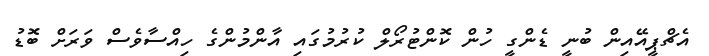
އެޗްޕީއޭއިން ބުނީ ޑެންގީ ހުން ކޮންޓުރޯލް ކުރުމުގައި އާންމުންގެ ހިއްސާވެސް ވަރަށް ބޮޑު